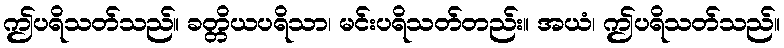
ဤပရိသတ်သည်။ ခတ္တိယပရိသာ၊ မင်းပရိသတ်တည်း။ အယံ၊ ဤပရိသတ်သည်။